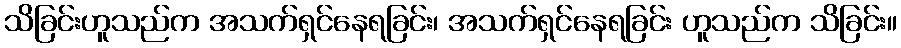
သိခြင်းဟူသည်က အသက်ရှင်နေရခြင်း၊ အသက်ရှင်နေရခြင်း ဟူသည်က သိခြင်း။